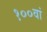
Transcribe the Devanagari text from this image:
१००वां